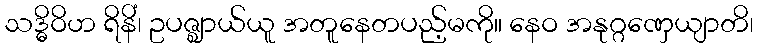
သဒ္ဓိဝိဟ ရိနိံ၊ ဥပဇ္ဈာယ်ယူ အတူနေတပည့်မကို။ နေဝ အနုဂ္ဂဏှေယျာတိ၊